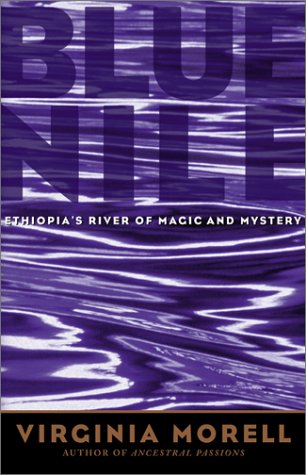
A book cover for Blue Nile: Ethiopia's River of Magic and Mystery (Adventure Press); Virginia Morell; Travel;